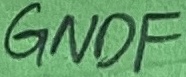
Text: FNDF